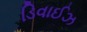
ડિવાઈઝ